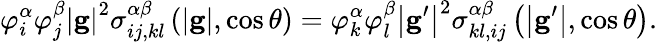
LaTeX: \varphi_{i}^{\alpha}\varphi_{j}^{\beta}\left\vert\mathbf{g}\right\vert^{2}\sigma_{ij,kl}^{\alpha\beta}\left(\left\vert\mathbf{g}\right\vert,\cos\theta\right)=\varphi_{k}^{\alpha}\varphi_{l}^{\beta}\left\vert\mathbf{g}^{\prime}\right\vert^{2}\sigma_{kl,ij}^{\alpha\beta}\left(\left\vert\mathbf{g}^{\prime}\right\vert,\cos\theta\right)\mathrm{.}